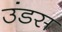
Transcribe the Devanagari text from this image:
उंडस